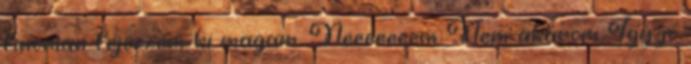
finoman fejezzem ki magam. Neeeeeeem Nem akarom Így jó